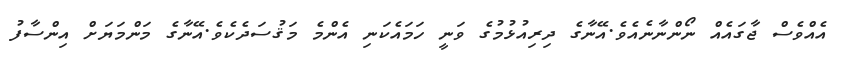
އެއްވެސް ޖާގައެއް ނޯންނާނެއެވެ.އޭނާގެ ދިރިއުޅުމުގެ ވަނީ ހަމައެކަނި އެންމެ މަޤުސަދެކެވެ.އޭނާގެ މަންމަޔަށް އިންސާފު